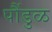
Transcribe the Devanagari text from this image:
पौंडुळ